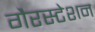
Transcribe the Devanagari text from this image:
गैरस्टेशन